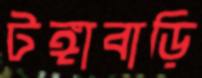
টঙ্গাবাড়ি